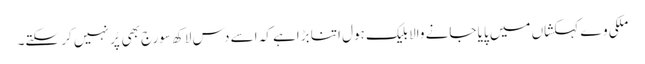
ملکی وے کہکشاں میں پایا جانے والا بلیک ہول اتنا بڑاہے کہ اسے دس لاکھ سورج بھی پُر نہیں کر سکتے۔